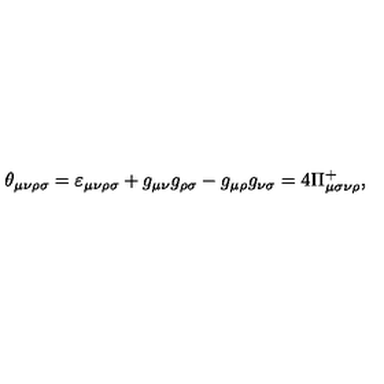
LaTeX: \theta _ { \mu \nu \rho \sigma } = \varepsilon _ { \mu \nu \rho \sigma } + g _ { \mu \nu } g _ { \rho \sigma } - g _ { \mu \rho } g _ { \nu \sigma } = 4 \Pi _ { \mu \sigma \nu \rho } ^ { + } ,